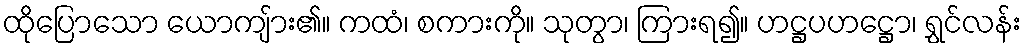
ထိုပြောသော ယောကျ်ား၏။ ကထံ၊ စကားကို။ သုတွာ၊ ကြားရ၍။ ဟဋ္ဌပဟဋ္ဌော၊ ရွှင်လန်း